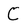
Character: C